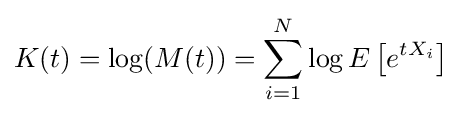
K(t)=\log(M(t))=\sum _{i=1}^{N}\log E\left[e^{tX_{i}}\right]